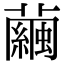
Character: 繭